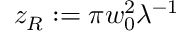
z _ { R } : = \pi w _ { 0 } ^ { 2 } \lambda ^ { - 1 }